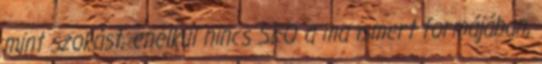
mint szokást, enélkül nincs SEO a ma ismert formájában,